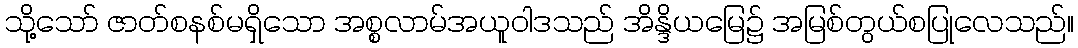
သို့သော် ဇာတ်စနစ်မရှိသော အစ္စလာမ်အယူဝါဒသည် အိန္ဒိယမြေ၌ အမြစ်တွယ်စပြုလေသည်။